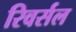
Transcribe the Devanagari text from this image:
रिवर्सल